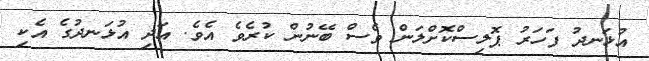
އުޅަނދު ފަހަރު ޕޮލިސްކޮށްލަން ވެސް ބޭނުން ކުރެވެ އެވެ. އަދި އުޅަނދުގެ އެކި